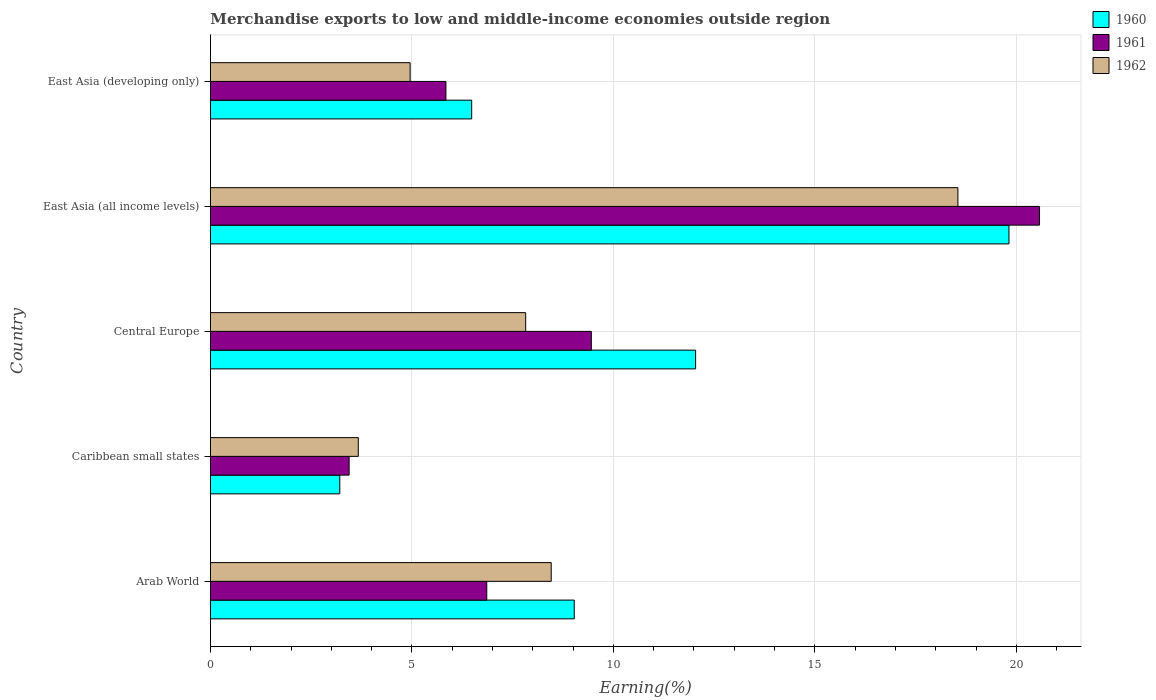
| Country | 1960 | 1961 | 1962 |
 | --- | --- | --- | --- |
 | Arab World | 9.03 | 6.86 | 8.46 |
 | Caribbean small states | 3.21 | 3.44 | 3.67 |
 | Central Europe | 12 | 9.45 | 7.82 |
 | East Asia (all income levels) | 19.8 | 20.6 | 18.6 |
 | East Asia (developing only) | 6.48 | 5.84 | 4.96 |